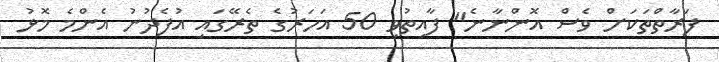
ފަރާތްތަކަށް ވެސް އޮންނާނެ" ފާއިތުވި 50 އަހަރުގެ ތެރޭގައި އުފެދުނު އެންމެ މޮޅު